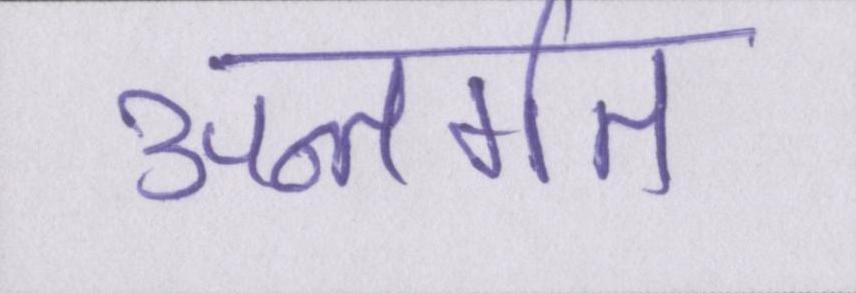
अन्तर्गत